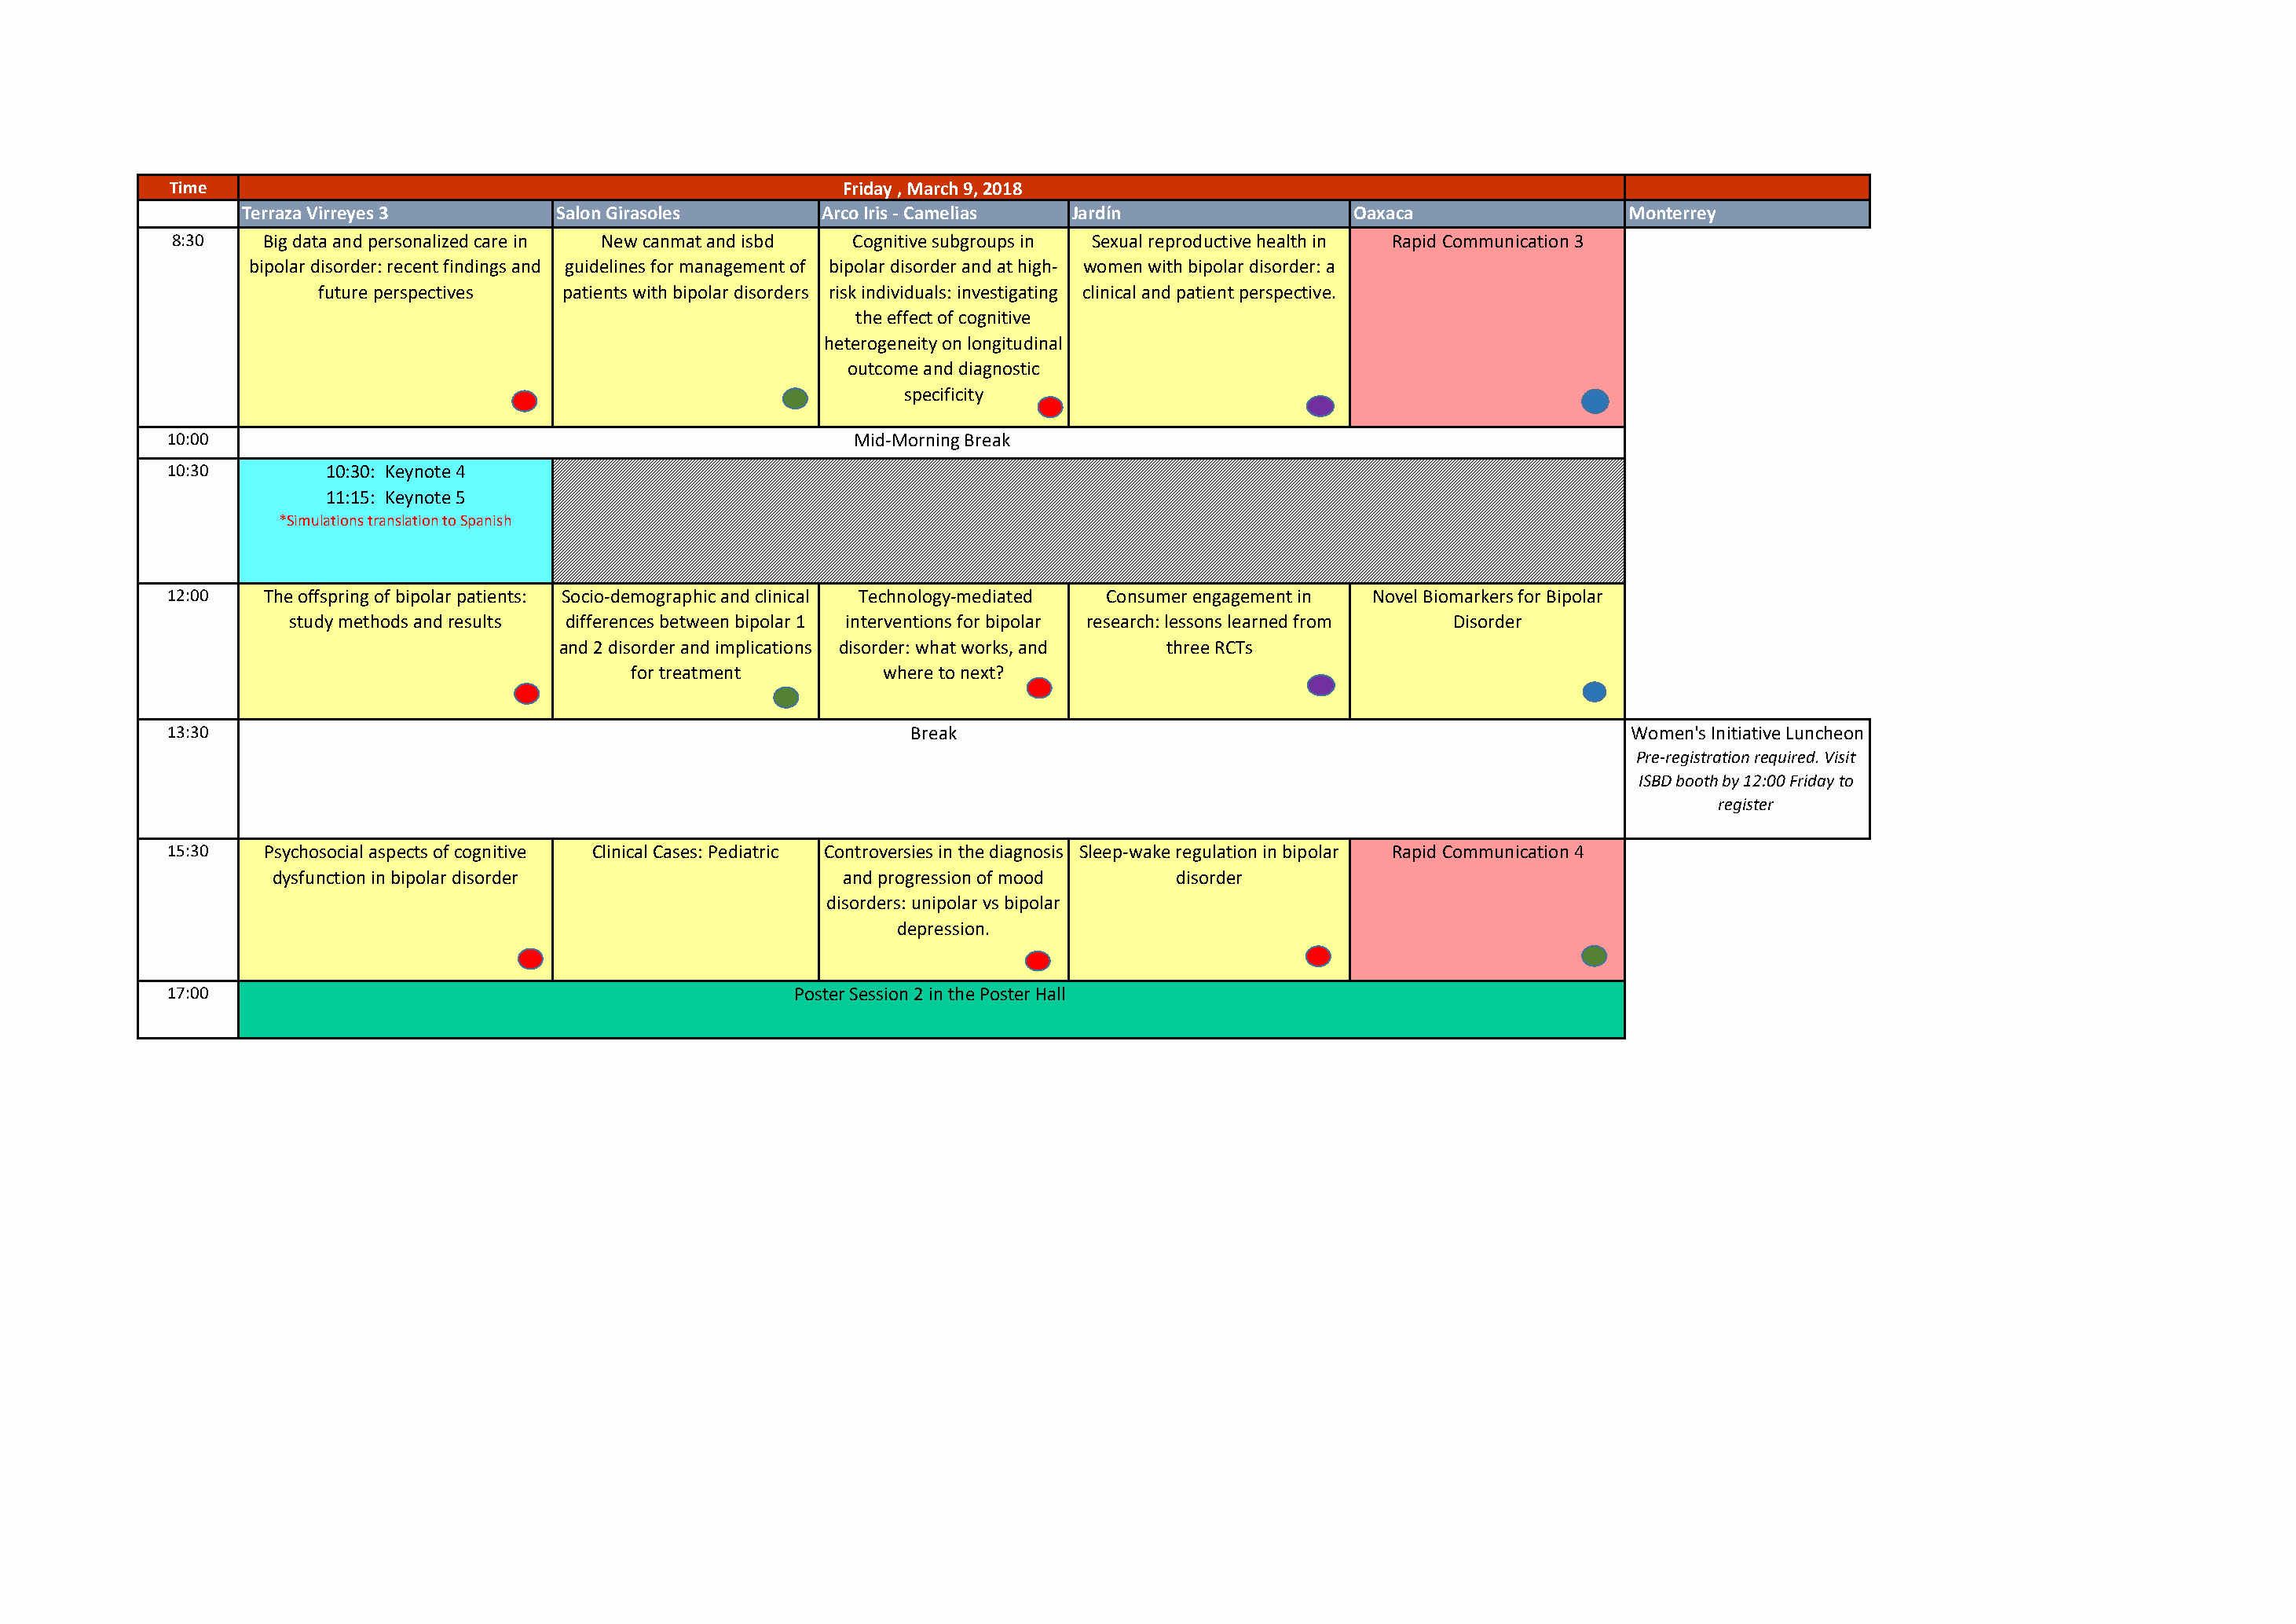
Time                                                     Friday , March 9, 2018
 Terraza Virreyes 3         Salon Girasoles       Arco Iris - Camelias Jardín                  Oaxaca                 Monterrey
 8:30    Big data and personalized care in New canmat and isbd Cognitive subgroups in Sexual reproductive health in Rapid Communication 3
 bipolar disorder: recent findings and guidelines for management of bipolar disorder and at high- women with bipolar disorder: a
 future perspectives patients with bipolar disorders risk individuals: investigating clinical and patient perspective.
 the effect of cognitive
 heterogeneity on longitudinal
 outcome and diagnostic
 specificity
 10:00                                                     Mid-Morning Break
 10:30        10:30: Keynote 4
 11:15: Keynote 5
 *Simulations translation to Spanish
 12:00   The offspring of bipolar patients: Socio-demographic and clinical Technology-mediated Consumer engagement in Novel Biomarkers for Bipolar
 study methods and results differences between bipolar 1 interventions for bipolar research: lessons learned from Disorder
 and 2 disorder and implications disorder: what works, and three RCTs
 for treatment        where to next?
 13:30                                                          Break                                                       Women's Initiative Luncheon
 Pre-registration required. Visit
 ISBD booth by 12:00 Friday to
 register
 15:30   Psychosocial aspects of cognitive Clinical Cases: Pediatric Controversies in the diagnosis Sleep-wake regulation in bipolar Rapid Communication 4
 dysfunction in bipolar disorder                 and progression of mood     disorder
 disorders: unipolar vs bipolar
 depression.
 17:00                                                Poster Session 2 in the Poster Hall